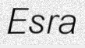
Esra